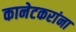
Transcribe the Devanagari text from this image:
कानेटकरांना